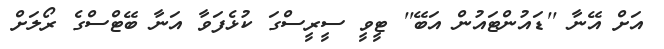
އަށް އޭނާ ''ޑައުންޓައުން އަބޭ'' ޓީވީ ސީރީސްގަ ކުޅެފަވާ އަނާ ބޭޓްސްގެ ރޯލަށް